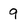
Character: 9